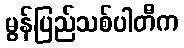
မွန်ပြည်သစ်ပါတီက